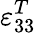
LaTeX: \varepsilon_{33}^{T}